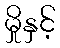
မှိုနှင့်